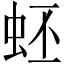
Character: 蚽